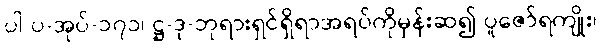
ပါ-ပ-အုပ်-၁၇၁၊ ဋ္ဌ-ဒု-ဘုရားရှင်ရှိရာအရပ်ကိုမှန်းဆ၍ ပူဇော်ရကျိုး၊